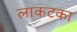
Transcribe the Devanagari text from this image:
लाकटका